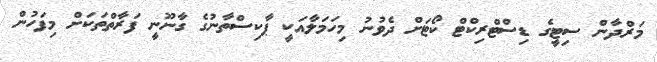
މަރްދާން ސިޓީގެ ޑިސްޓްރިކްޓް ކޯޓަށް ދެވުނު މިހަމަލާއަކީ ޕާކިސްތާނުގެ ގާނޫނީ ފަރާތްތަކަށް މިފަހުން